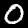
Label: 0